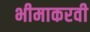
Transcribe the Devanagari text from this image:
भीमाकरवी